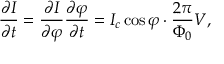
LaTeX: { \frac { \partial I } { \partial t } } = { \frac { \partial I } { \partial \varphi } } { \frac { \partial \varphi } { \partial t } } = I _ { c } \cos \varphi \cdot { \frac { 2 \pi } { \Phi _ { 0 } } } V ,